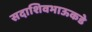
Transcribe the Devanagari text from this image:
सदाशिवभाऊकडे